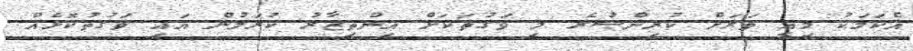
އެކަމަކު މިއީ ވަރަށް ކުރިންސުރެ މި ވަގުތަކަށް އިންތިޒާރު ކުރަމުން އައި ވަގުތުކޮޅެއް